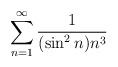
LaTeX: \begin{align*}\sum \limits_{n=1}^{\infty}\frac{1}{(\sin^2n) n^3}\end{align*}